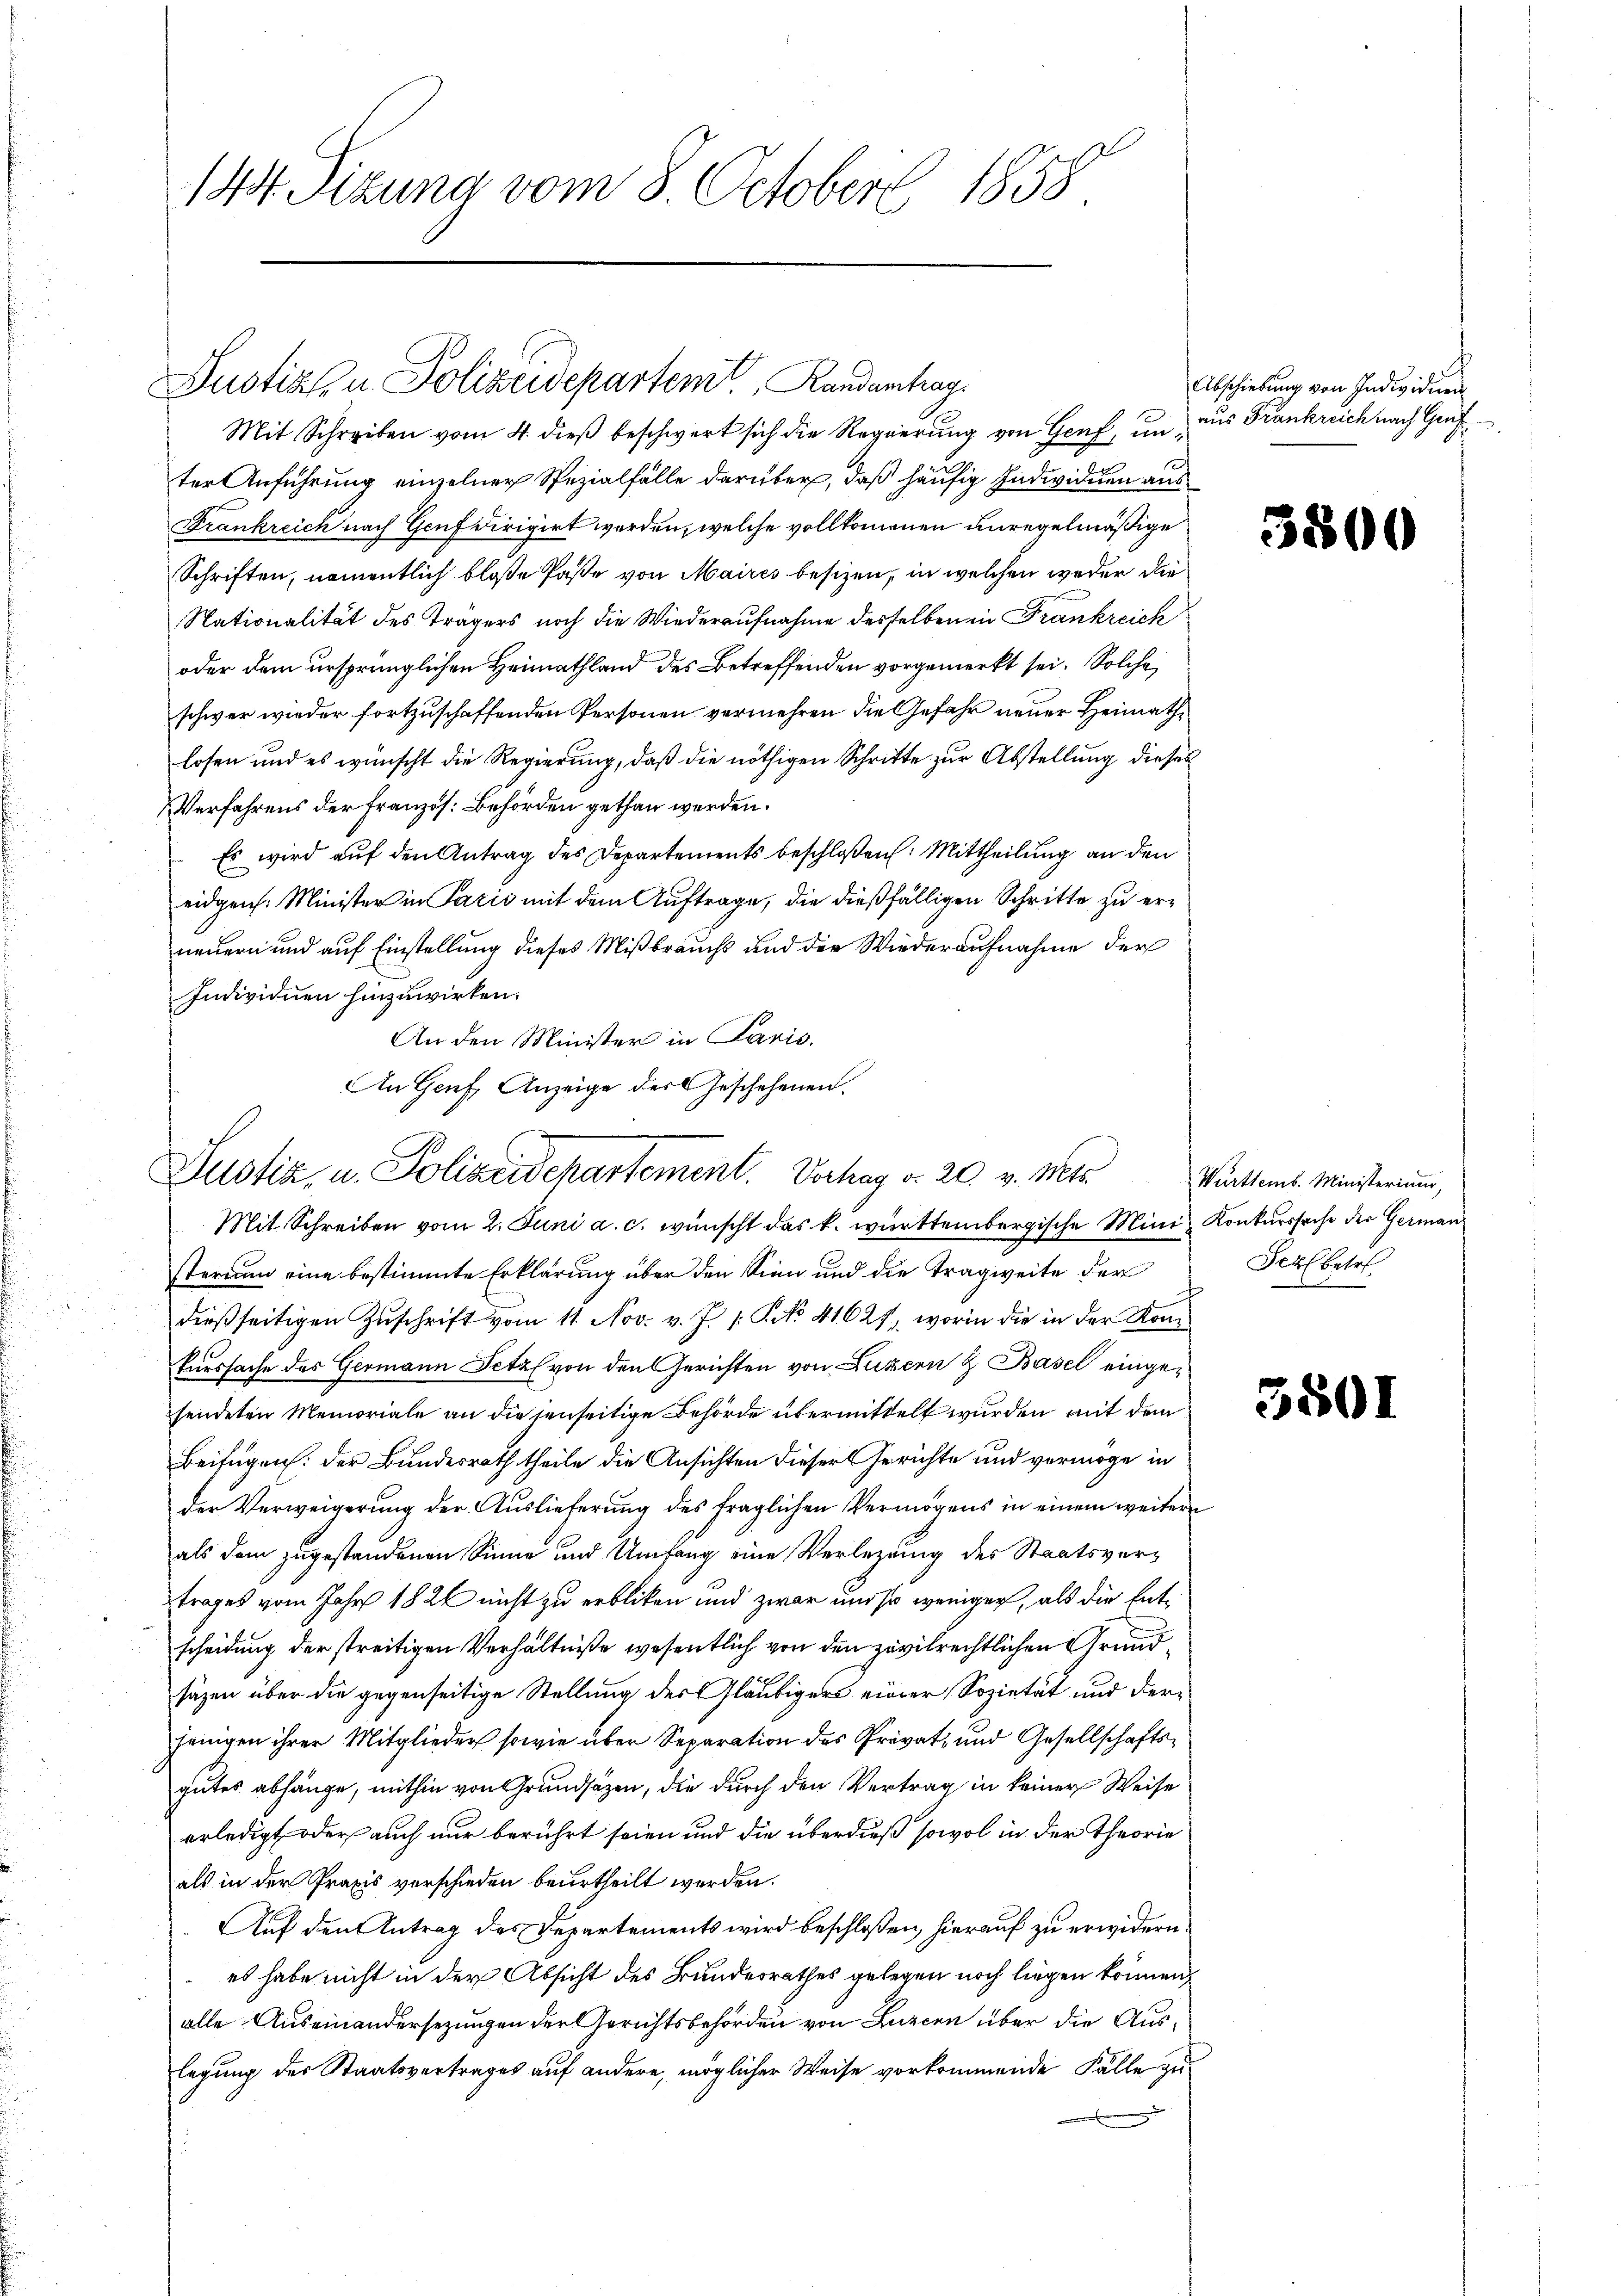
144. Sizung vom 8. October 1858

Justiz u. Polizeidepartem Randantrag
Mit Schreiben vom 4. dieß beschwert sich die Regierung von Genf, un¬

ter Anführung einzelner Spezialfälle darüber, daß häufig Individuen aus
Frankreich nach Genf dirigirt werden, welche vollkommenen unregelmäßige
Schriften, namentlich bloße Paße von Maires besizen, in welchen weder die
Nationalität des Trägers noch die Wiederaufnahme desselbenen Frankreich
oder dem ursprünglichen Heimathland des Betreffenden vorgemerkt sei. Solche
schwer wieder fortzuschaffenden Personen vermehren die Gefahr neuer Heimathlosen und es wünscht die Regierung, daß die nöthigen Schritte zur Abstellung dieses
Verfahrens der Französ. Behörden gethan werden.
Es wird auf den Antrag des Departements beschloßen: Mittheilung an den
eidgen. Minister in Paris mit dem Auftrage, die dießfälligen Schritte zu erneuern und auf Einstellung dieses Mißbrauchs und der Wiederaufnahme der
Individuen hinzuwirken.
An den Minister in Paris.
An Genf, Anzeige der Geschehenen.

Justiz, u. Polizeidepartement. Verhag d. 20. v. Mts.

Mit Schreiben vom 2. Juni a. c. wünscht das k. württembergische Mini- Konkurssache der Germansterium eine bestimmte Erklärung über den Sinn und die Tragweite der
dießseitigen Zŭschrift vom 11. Nov. v. J. P. No. 41627, worin die in der Komkurssache des Germann Setz von den Gerichten von Luzern & Basel eingesendeten Memoriale an die jenseitige Behörde übermittelt wurden mit dem
Beifügen: der Bundesrath theile die Ansichten dieser Gerichte und vermöge in
der Verweigerung der Auslieferung des fraglichen Vermögens in einem weitere
als dem zugestandenen Sinne und Umfang eine Verlegung des Staatsvertrages vom Jahr 1821 nicht zu erblicken und zwar und so weniger, als die Entscheidung der streitigen Verhältniße wesentlich von den zivilrechtlichen Grundsäzen über die gegenseitige Stellung des Gläubigers einer Sozietät und derjenigen ihrer Mitglieder sowie über Separation des Privat- und Gesellschaftsgutes abhänge, mithin von Grundsätzen, die durch den Vertrag in keiner Weise
erledigt oder auch nur berührt seien und die überdieß sowol in der Theorie
als in der Praxis verschieden beurtheilt werden.
Auf den Antrag des Departements wird beschlossen, hierauf zu erwidern.
es habe nicht in der Absicht des Bundesrathes gelegen noch liegen können,
alle Auseinandersezungen der Gerichtsbehörden von Luzern über die Auslegung der Staatsvertrages auf andere, möglicher Weise vorkommende Fälle zu

Abschiebung von Individuen
aus Frankreich nach Graf

38

3801

Württemb. Ministerium,
Scil betr